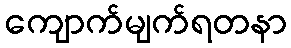
ကျောက်မျက်ရတနာ